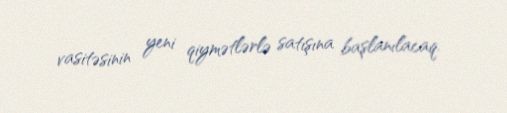
vasitəsinin yeni qiymətlərlə satışına başlanılacaq.